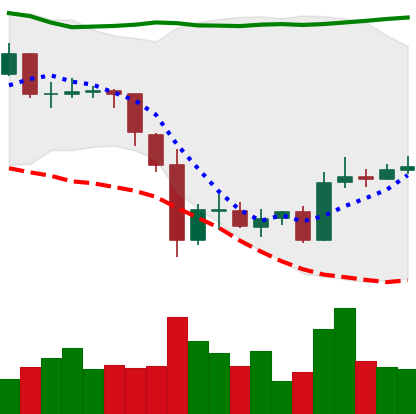
Ticker: BTC-USD
Chart end date: 2015-06-12
Forward return: 8.393%
Label: up_7plus